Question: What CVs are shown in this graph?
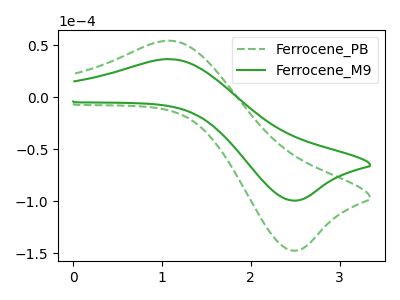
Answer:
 <answer>The green dashed curve is labeled "Ferrocene_PB". The green curve is labeled "Ferrocene_M9".</answer>
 <eval></eval>